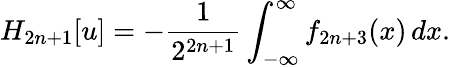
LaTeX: H_{2n+1}[u]=-{\frac{1}{2^{2n+1}}}\int_{-\infty}^{\infty}f_{2n+3}(x)\, dx.